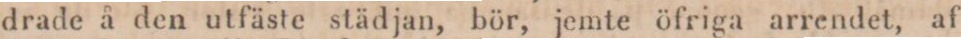
drade å den utfäste städjan, bör, jemte öfriga arrendet, af